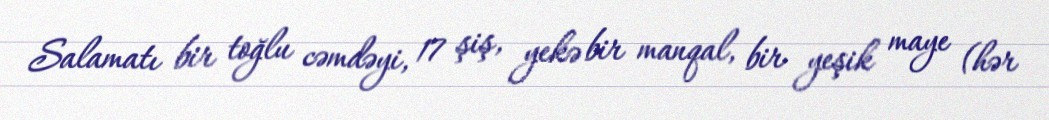
Salamatı bir toğlu cəmdəyi, 17 şiş, yekə bir manqal, bir yeşik maye (hər